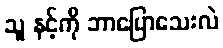
သူ နင့်ကို ဘာပြောသေးလဲ